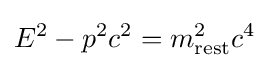
E^{2}-p^{2}c^{2}=m_{\text{rest}}^{2}c^{4}